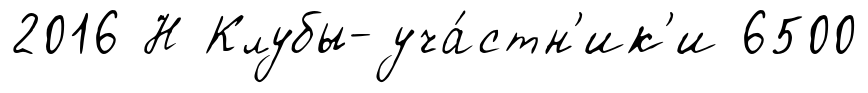
2016 Н Клубы-уча́стн'ик'и 6500